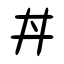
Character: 丼